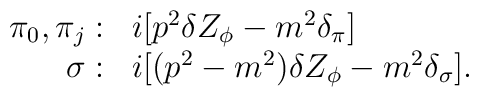
\begin{array}{rl}\pi_0,\pi_j:&i[p^2\delta Z_{\phi}-m^2\delta_{\pi}]\\\sigma:&i[(p^2-m^2)\delta Z_{\phi}-m^2\delta_{\sigma}].\end{array}